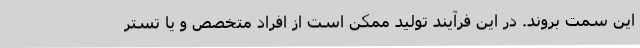
این سمت بروند. در این فرآیند تولید ممکن است از افراد متخصص و یا تستر